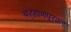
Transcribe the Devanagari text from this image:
बऱ्हाणपूरकर